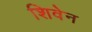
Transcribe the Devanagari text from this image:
शिवेन